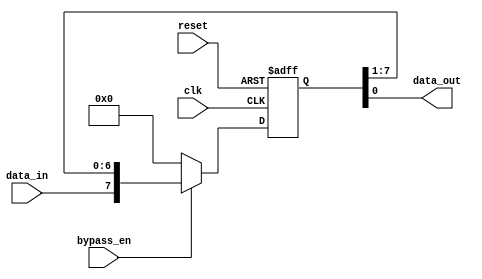
module VariableDepthBypassRegister (
    input wire clk,
    input wire reset,
    input wire data_in,
    input wire bypass_en,
    output reg data_out
);

parameter DEPTH = 8; // adjustable depth of the register

reg [DEPTH-1:0] stages;

always @(posedge clk or posedge reset) begin
    if (reset) begin
        stages <= 0;
    end else begin
        if (bypass_en) begin
            stages <= {data_in, stages[DEPTH-1:1]};
        end else begin
            stages <= {data_in, 0};
        end
    end
end

assign data_out = stages[0];

endmodule